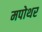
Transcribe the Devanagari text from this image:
मपोथर